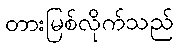
တားမြစ်လိုက်သည်